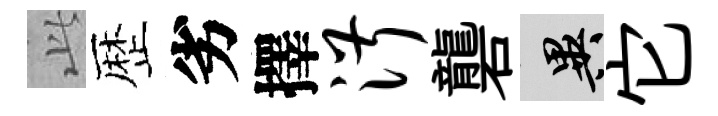
𬼘歴劣擇淑礱异它